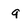
Character: g